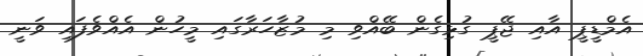
އެމްޑީޕީ އާއި ޖޭޕީ ގުޅިގެން ބޭއްވި މި މުޒާހަރާގައި މީހުން އެއްވެފައި ވަނީ